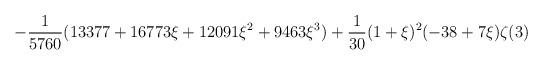
LaTeX: \begin{align*}\displaystyle-\frac{1}{5760}(13377+16773\xi+12091\xi^2+9463\xi^3)+\frac{1}{30}(1+\xi)^2(-38+7\xi)\zeta(3)\end{align*}